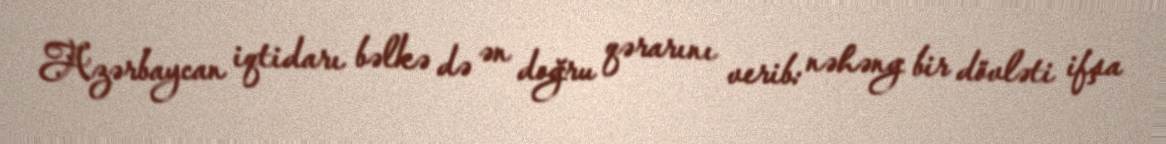
Azərbaycan iqtidarı bəlkə də ən doğru qərarını verib: nəhəng bir dövləti ifşa